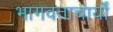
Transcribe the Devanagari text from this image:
भागवताचार्यों